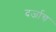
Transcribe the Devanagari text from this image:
दर्जाच